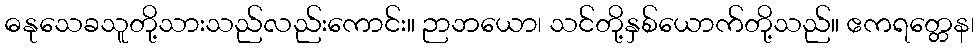
ဓနုသေခသူတို့သားသည်လည်းကောင်း။ ဉာဘယော၊ သင်တို့နှစ်ယောက်တို့သည်။ ဧကရတ္တေန၊